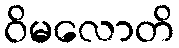
ဝိမလောတိ